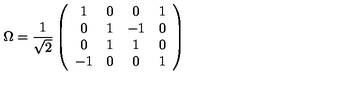
\Omega = \frac { 1 } { \sqrt { 2 } } \left( \begin{array} { c c c c } { 1 } & { 0 } & { 0 } & { 1 } \\ { 0 } & { 1 } & { - 1 } & { 0 } \\ { 0 } & { 1 } & { 1 } & { 0 } \\ { - 1 } & { 0 } & { 0 } & { 1 } \\ \end{array} \right)